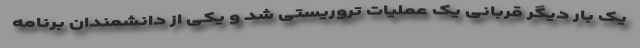
یک بار دیگر قربانی یک عملیات تروریستی شد و یکی از دانشمندان برنامه